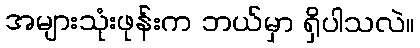
အများသုံးဖုန်းက ဘယ်မှာ ရှိပါသလဲ။